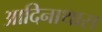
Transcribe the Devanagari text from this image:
आदिनाथास